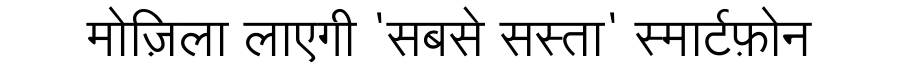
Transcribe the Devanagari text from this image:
मोज़िला लाएगी 'सबसे सस्ता' स्मार्टफ़ोन